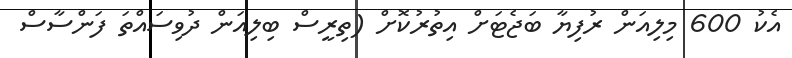
އެކު 600 މިލިއަން ރުފިޔާ ބަޖެޓަށް އިތުރުކޮށް (ތިރީސް ބިލިއަން ދުވިސައްތަ ފަންސާސް